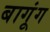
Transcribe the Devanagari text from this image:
बागूंग